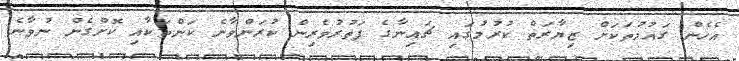
އެހެން ގައުމުތަކަށް ޒިޔާރަތް ކުރުމުގައި ޗައިނާގެ ފަތުރުވެރިން ކުރަންވާނެ ކަންތަކާއި ކޮށްގެން ނުވާނެ